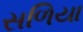
સળિયા